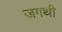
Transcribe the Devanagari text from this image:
जगथी